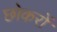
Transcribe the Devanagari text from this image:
छोकरों